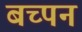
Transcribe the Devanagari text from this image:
बच्पन